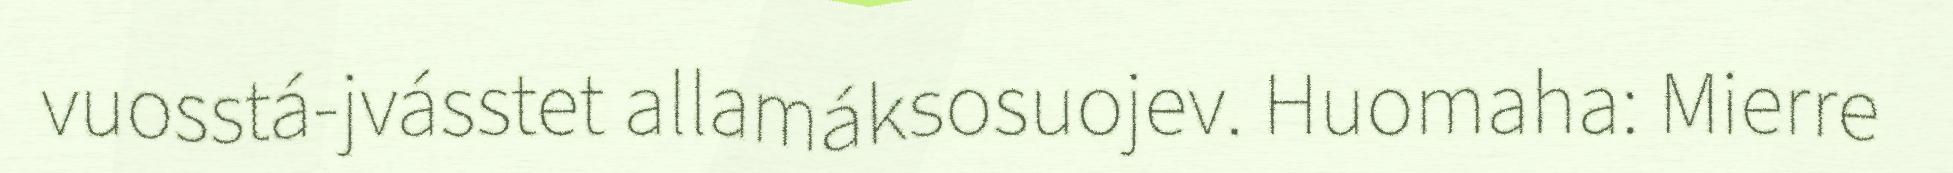
vuosstá-jvásstet allamáksosuojev. Huomaha: Mierre